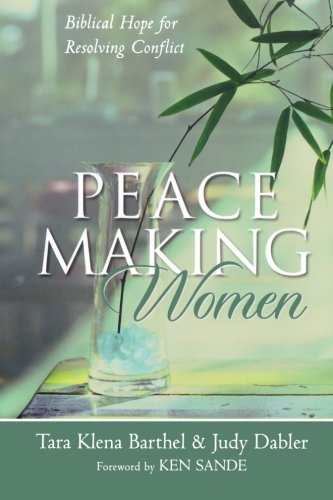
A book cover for Peacemaking Women: Biblical Hope for Resolving Conflict; Tara Klena Barthel; Christian Books & Bibles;